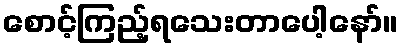
စောင့်ကြည့်ရသေးတာပေါ့နော်။